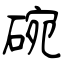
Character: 碗